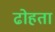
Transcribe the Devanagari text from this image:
ढोहता